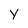
Character: y